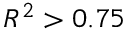
R ^ { 2 } > 0 . 7 5